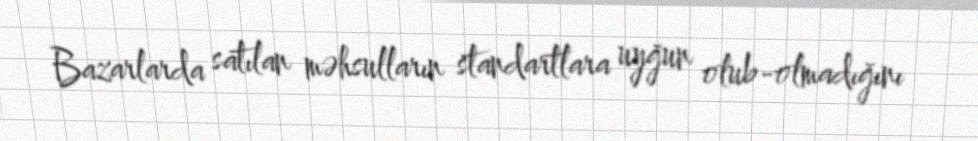
Bazarlarda satılan məhsulların standartlara uyğun olub-olmadığını